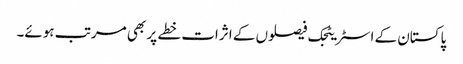
پاکستان کے اسٹریٹجک فیصلوں کے اثرات خطے پر بھی مرتب ہوئے۔